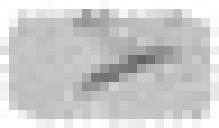
*